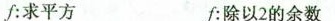
f:求平方 f:除以2的余数